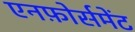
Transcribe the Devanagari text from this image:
एनफ़ोर्समेंट